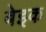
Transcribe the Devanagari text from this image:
बेइक